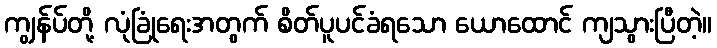
ကျွန်ပ်တို့ လုံခြုံရေးအတွက် စိတ်ပူပင်ခံရသော ယောထောင် ကျသွားပြီတဲ့။